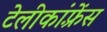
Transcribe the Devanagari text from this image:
टेलीकांफ़्रेंस